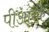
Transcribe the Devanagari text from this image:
पीआरके